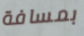
بمسافة